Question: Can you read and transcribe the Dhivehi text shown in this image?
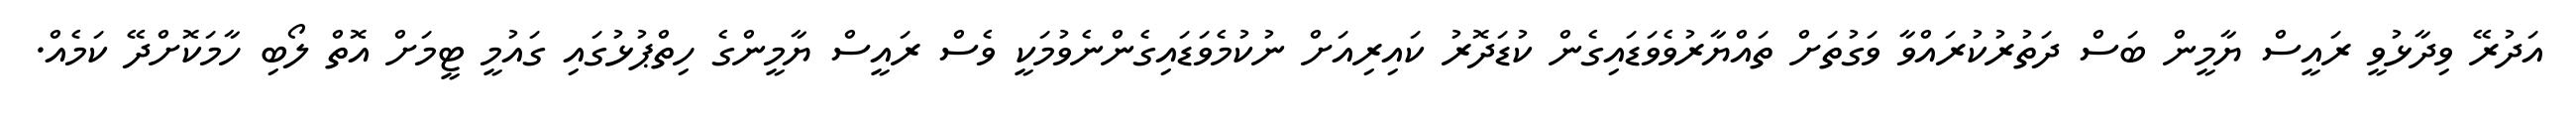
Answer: އަދުރޭ ވިދާޅުވީ ރައީސް ޔާމީން ބަސް ދަތުރުކުރައްވާ ވަގުތަށް ތައްޔާރުވެވަޑައިގެން ކުޑަދޮރު ކައިރިއަށް ނުކުމެވަޑައިގެންނެވުމަކީ ވެސް ރައީސް ޔާމީންގެ ހިތްޕުޅުގައި ގައުމީ ޓީމަށް އޮތް ލޯބި ހާމަކޮށްދޭ ކަމެއް.